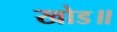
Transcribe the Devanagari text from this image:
खोड॥